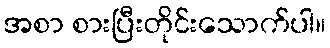
အစာ စားပြီးတိုင်းသောက်ပါ။